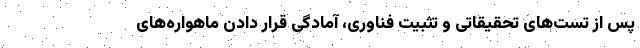
پس از تست‌های تحقیقاتی و تثبیت فناوری، آمادگی قرار دادن ماهواره‌های